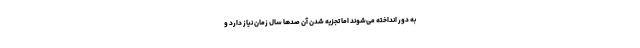
به دور انداخته می‌شوند اما تجزیه شدن آن صدها سال زمان نیاز دارد و